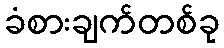
ခံစားချက်တစ်ခု